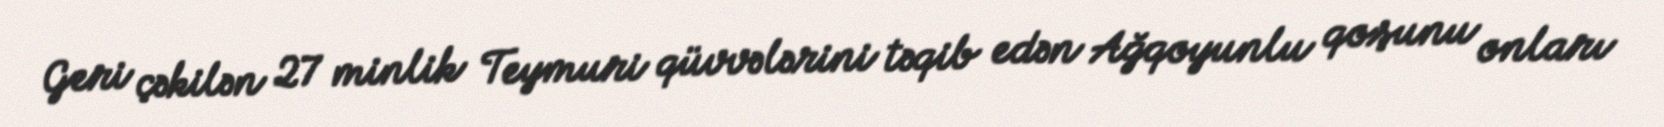
Geri çəkilən 27 minlik Teymuri qüvvələrini təqib edən Ağqoyunlu qoşunu onları